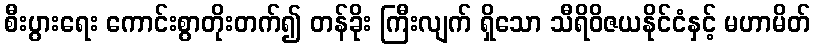
စီးပွားရေး ကောင်းစွာတိုးတက်၍ တန်ခိုး ကြီးလျက် ရှိသော သီရိဝိဇယနိုင်ငံနှင့် မဟာမိတ်